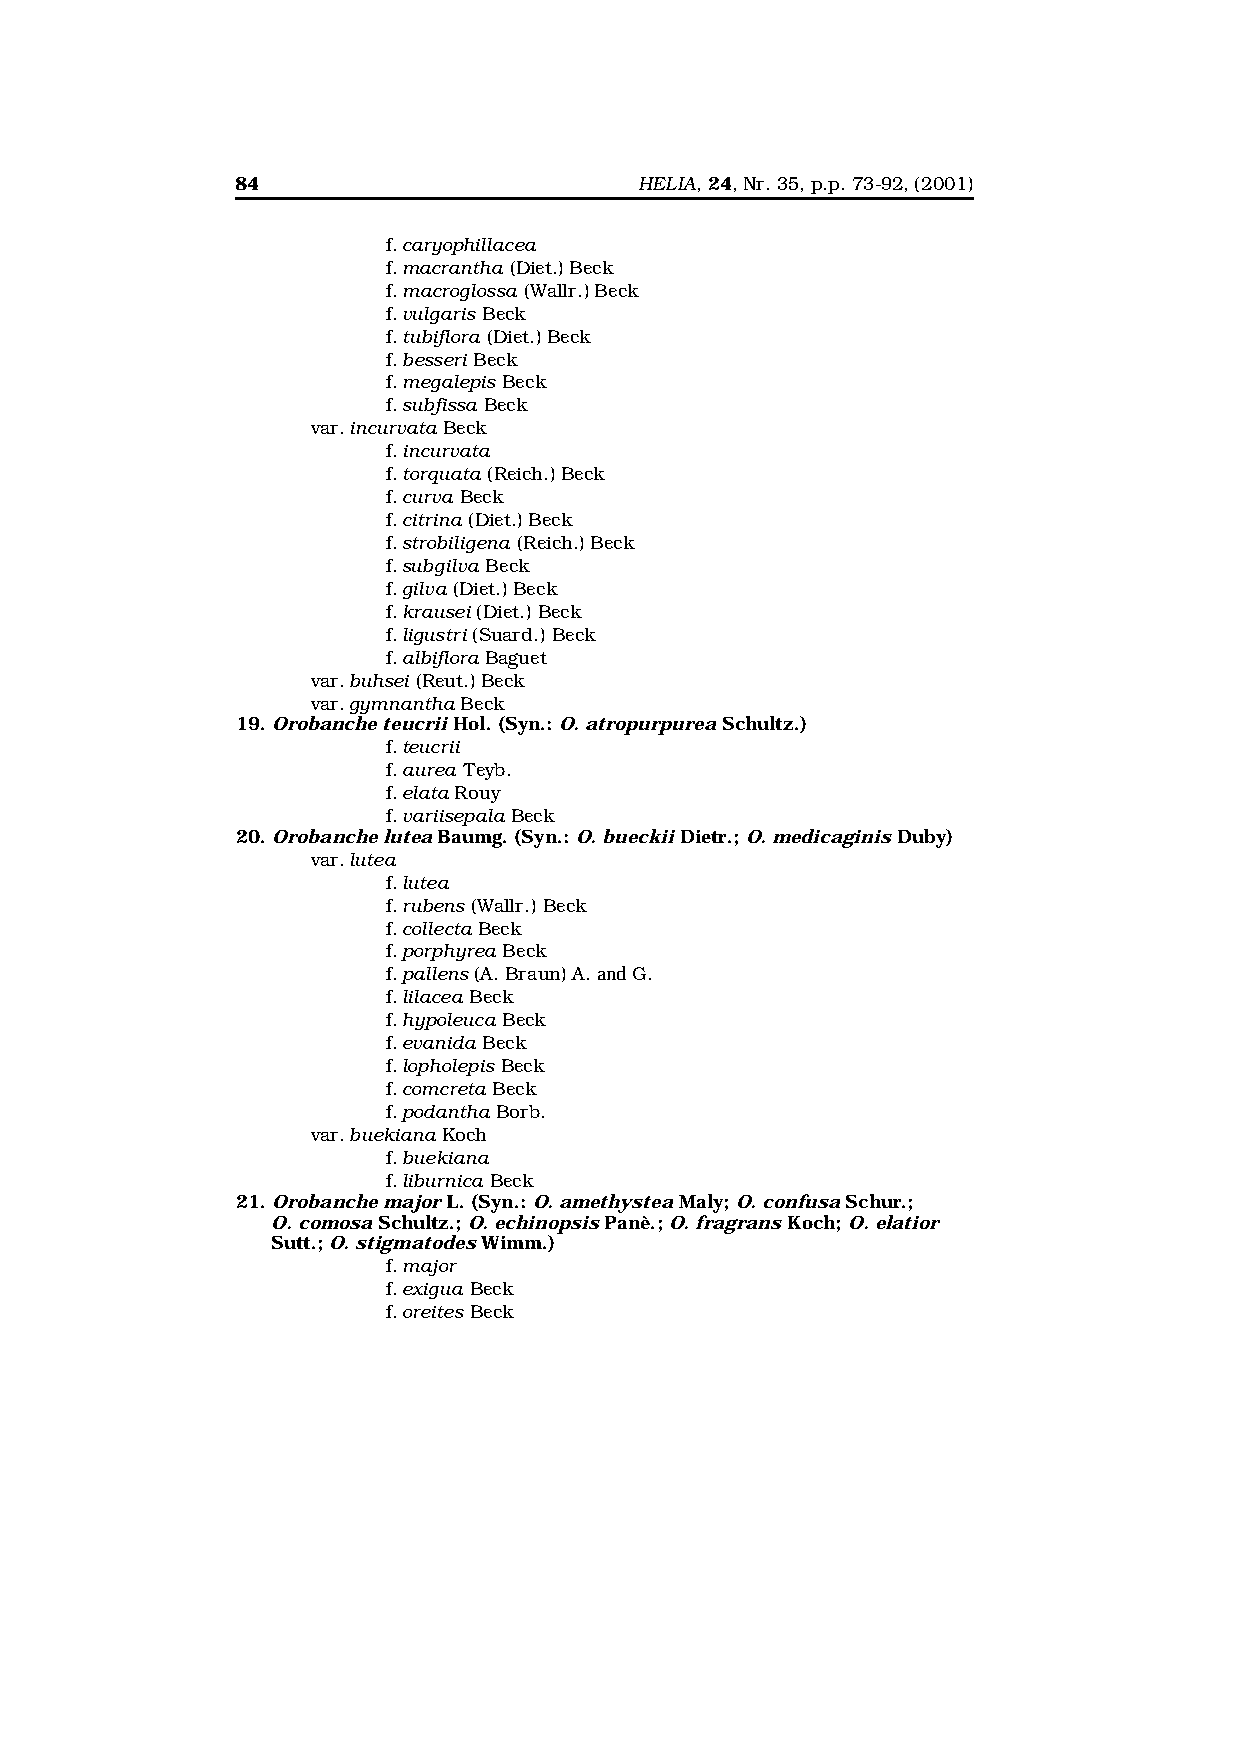
84                        HELIA, 24, Nr. 35, p.p. 73-92, (2001)
 f.caryophillacea
 f.macrantha (Diet.) Beck
 f.macroglossa (Wallr.) Beck
 f.vulgaris Beck
 f.tubiflora (Diet.) Beck
 f.besseri Beck
 f.megalepis Beck
 f.subfissa Beck
 var.incurvata Beck
 f.incurvata
 f.torquata (Reich.) Beck
 f.curva Beck
 f.citrina (Diet.) Beck
 f.strobiligena (Reich.) Beck
 f.subgilva Beck
 f.gilva (Diet.) Beck
 f.krausei (Diet.) Beck
 f.ligustri (Suard.) Beck
 f.albiflora Baguet
 var.buhsei (Reut.) Beck
 var.gymnantha Beck
 19. Orobanche teucrii Hol. (Syn.: O.atropurpurea Schultz.)
 f.teucrii
 f.aurea Teyb.
 f.elata Rouy
 f.variisepala Beck
 20. Orobanche lutea Baumg. (Syn.: O.bueckii Dietr.; O.medicaginis Duby)
 var.lutea
 f.lutea
 f.rubens (Wallr.) Beck
 f.collecta Beck
 f.porphyrea Beck
 f.pallens (A. Braun) A. and G.
 f.lilacea Beck
 f.hypoleuca Beck
 f.evanida Beck
 f.lopholepis Beck
 f.comcreta Beck
 f.podantha Borb.
 var.buekiana Koch
 f.buekiana
 f.liburnica Beck
 21. Orobanche major L. (Syn.: O.amethystea Maly; O.confusa Schur.;
 O.comosa Schultz.; O.echinopsis Panè.; O.fragrans Koch; O.elatior
 Sutt.; O.stigmatodes Wimm.)
 f.major
 f.exigua Beck
 f.oreites Beck